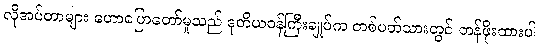
လိုအပ်တာများ ဟောပြောတော်မူသည် ဒုတိယဝန်ကြီးချုပ်က တစ်ပတ်သားတွင် တန်ဖိုးထားပါ